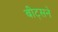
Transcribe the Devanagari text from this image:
बीट्सने